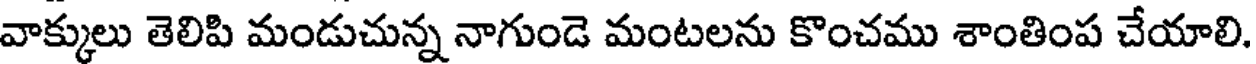
వాక్కులు తెలిపి మండుచున్న నాగుండె మంటలను కొంచము శాంతింప చేయాలి